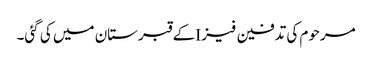
مرحوم کی تدفین فیز Iکے قبرستان میں کی گئی۔